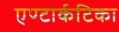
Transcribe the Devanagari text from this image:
एण्टार्कटिका